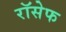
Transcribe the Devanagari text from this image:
रॉसेफ